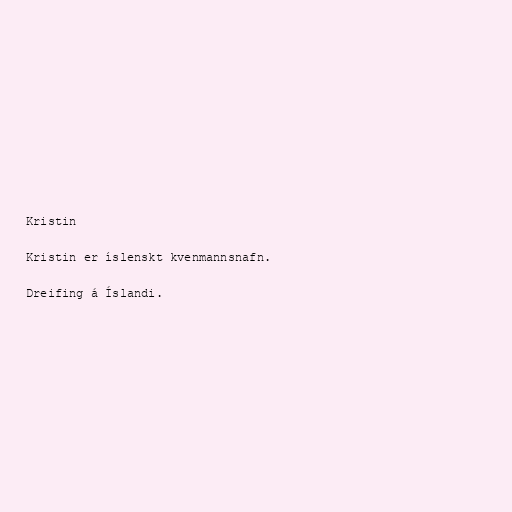
Kristin

Kristin er íslenskt kvenmannsnafn.

Dreifing á Íslandi.